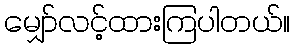
မျှော်လင့်ထားကြပါတယ်။